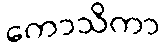
ကောသိကာ